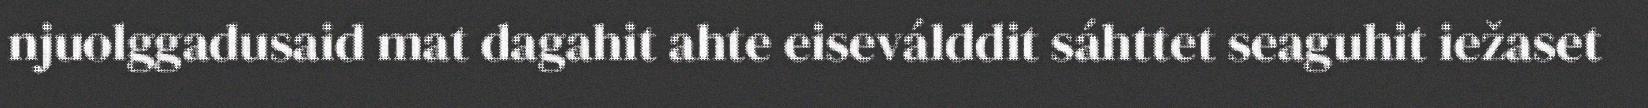
njuolggadusaid mat dagahit ahte eiseválddit sáhttet seaguhit iežaset